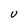
Character: U